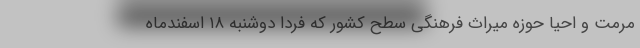
مرمت و احیا حوزه میراث فرهنگی سطح کشور که فردا دوشنبه ۱۸ اسفندماه